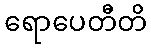
ရောပေတီတိ